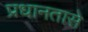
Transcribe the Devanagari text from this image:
प्रधानतासे